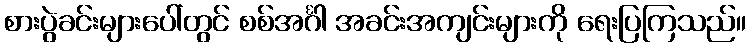
စားပွဲခင်းများပေါ်တွင် စစ်အင်္ဂါ အခင်းအကျင်းများကို ရေးပြကြသည်။